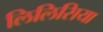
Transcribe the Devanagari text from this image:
लिलिसिया